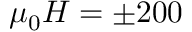
\mu _ { 0 } H = \pm 2 0 0